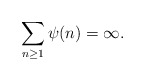
\begin{align*}\sum_{n\geq 1}\psi(n)=\infty.\end{align*}